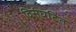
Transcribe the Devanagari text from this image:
विसंघटित